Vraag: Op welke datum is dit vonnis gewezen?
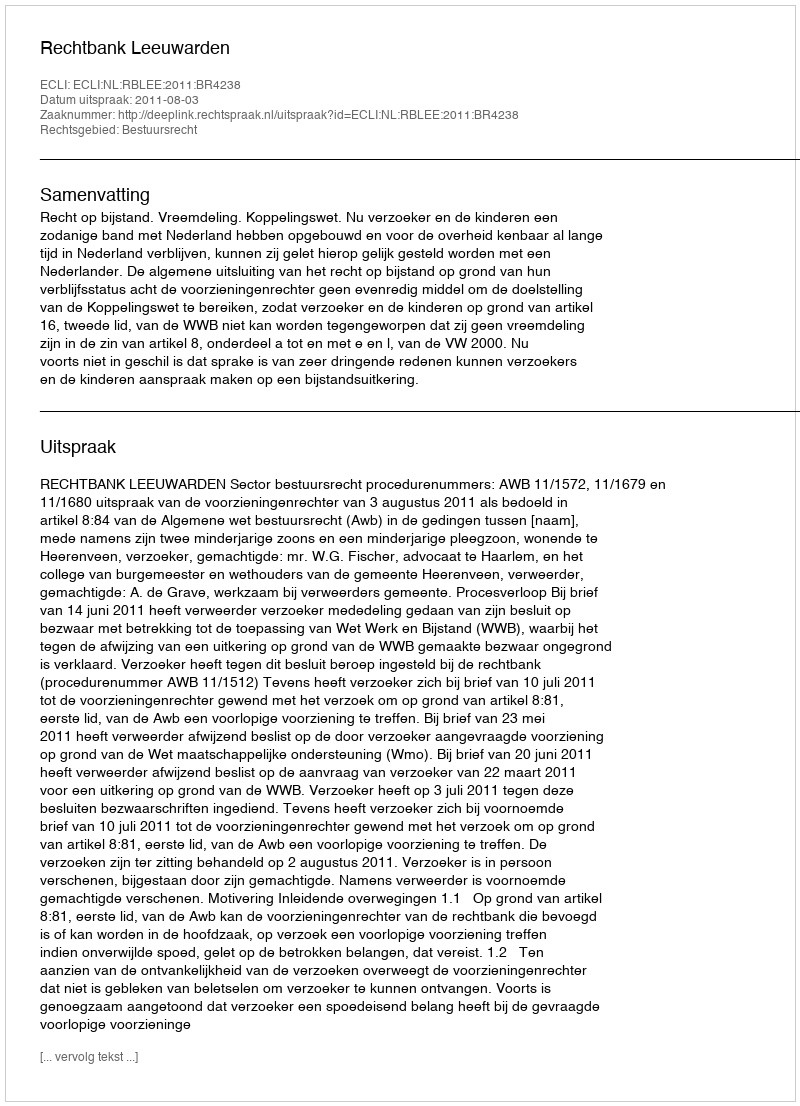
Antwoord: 2011-08-03